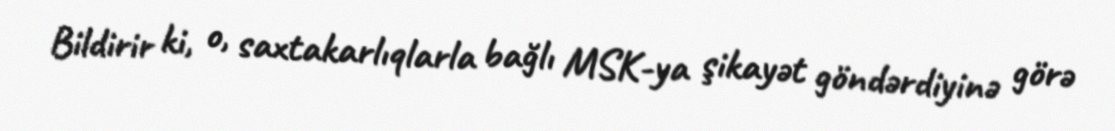
Bildirir ki, o, saxtakarlıqlarla bağlı MSK-ya şikayət göndərdiyinə görə